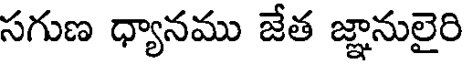
సగుణ ధ్యానము జేత జ్ఞానులైరి